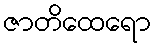
ဇာတိထေရော